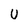
Character: U